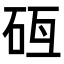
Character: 𥑗